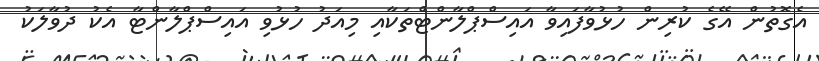
އެގޮތުން އޭގެ ކުރިން ހުޅުވާފައިވާ އައިސްޕްލާންޓްތަކާއި މިއަދު ހުޅުވި އައިސްޕްލާންޓާ އެކު ދުވާލަކު